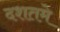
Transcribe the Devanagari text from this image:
दशतमे